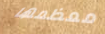
معظمها